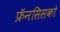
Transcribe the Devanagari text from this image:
फ्रॅनसिसको